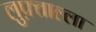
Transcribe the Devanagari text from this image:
लुफ़्ताल्ला